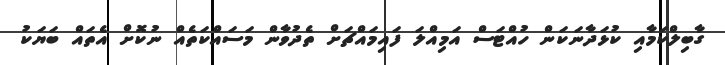
ގާބިލްކަމާއި ކުޅަދާނަކަން ހުއްޓަސް އަމިއްލަ ފައިމައްޗަށް ތެދުވާން މަސައްކަތެއް ނުކޮށް އެތައް ބަޔަކު